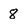
Character: 8